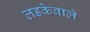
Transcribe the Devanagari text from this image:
लड़केवाले